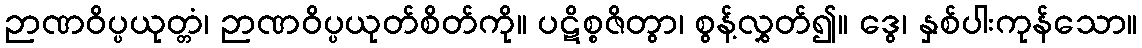
ဉာဏဝိပ္ပယုတ္တံ၊ ဉာဏဝိပ္ပယုတ်စိတ်ကို။ ပဋိစ္စဇိတွာ၊ စွန့်လွှတ်၍။ ဒွေ၊ နှစ်ပါးကုန်သော။